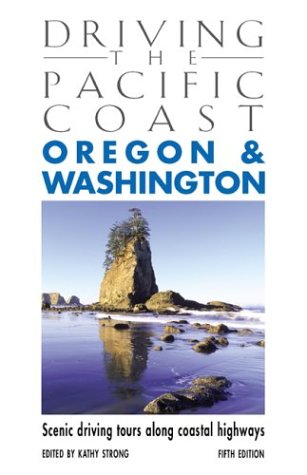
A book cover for Driving the Pacific Coast Oregon & Washington, 5th: Scenic Driving Tours along Coastal Highways (Scenic Routes & Byways); Travel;